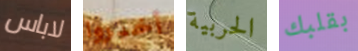
لاباس أخبروا الحربية بقلبك